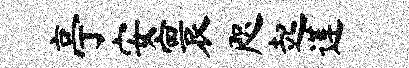
亭安寰咫起莲